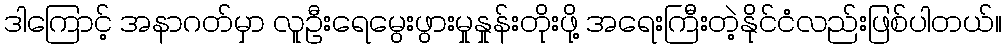
ဒါကြောင့် အနာဂတ်မှာ လူဦးရေမွေးဖွားမှုနှုန်းတိုးဖို့ အရေးကြီးတဲ့နိုင်ငံလည်းဖြစ်ပါတယ်။